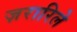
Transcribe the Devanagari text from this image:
ज़रारिले